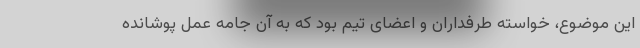
این موضوع، خواسته طرفداران و اعضای تیم بود که به آن جامه عمل پوشانده